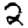
Digit: 2